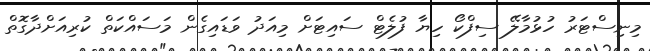
މިނިސްޓަރު ހުޅުމާލޭ ސިފްކޯ ހިޔާ ފުލެޓް ސައިޓަށް މިއަދު ވަޑައިގެން މަސައްކަތް ކުރިއަށްދާގޮތް